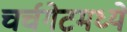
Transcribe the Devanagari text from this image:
चर्चगेटमध्ये